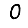
Digit: 0